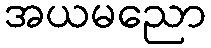
အယမညော